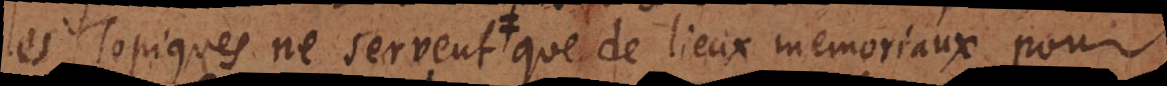
les Topiques ne servent que de lieux memoriaux pour